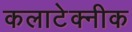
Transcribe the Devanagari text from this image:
कलाटेक्नीक